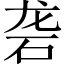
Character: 砻